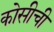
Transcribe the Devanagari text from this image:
कोसीची